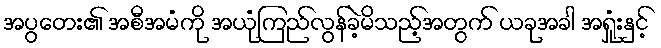
အပွတေး၏ အစီအမံကို အယုံကြည်လွန်ခဲ့မိသည့်အတွက် ယခုအခါ အရှုံးနှင့်